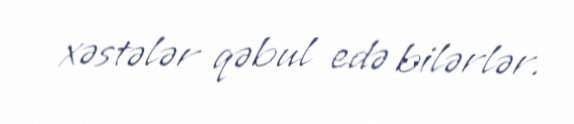
xəstələr qəbul edə bilərlər.